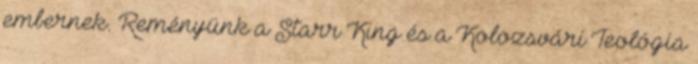
embernek. Reményünk a Starr King és a Kolozsvári Teológia